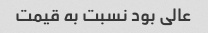
عالی بود نسبت به قیمت